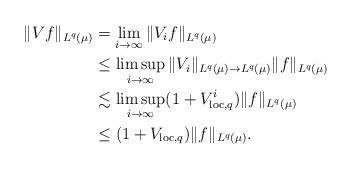
LaTeX: \begin{align*}\|Vf\|_{L^q(\mu)} &= \lim_{i \to \infty} \|V_if\|_{L^q(\mu)} \\ &\le \limsup_{i \to \infty} \|V_i\|_{L^q(\mu) \to L^q(\mu)} \|f\|_{L^q(\mu)} \\&\lesssim \limsup_{i \to \infty} (1+V_{\textup{loc}, q}^i) \|f\|_{L^q(\mu)} \\&\le (1 + V_{\textup{loc}, q}) \|f\|_{L^q(\mu)}.\end{align*}